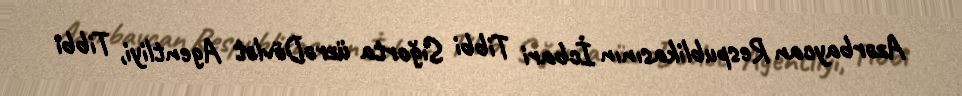
Azərbaycan Respublikasının İcbari Tibbi Sığorta üzrəDövlət Agentliyi, Tibbi